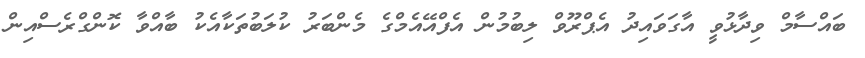
ބައްސާމް ވިދާޅުވީ އާގަވައިދު އެޕްރޫވް ލިބުމުން އެފްއޭއެމްގެ މެންބަރު ކުލަބުތަކާއެކު ބާއްވާ ކޮންގްރެސްއިން